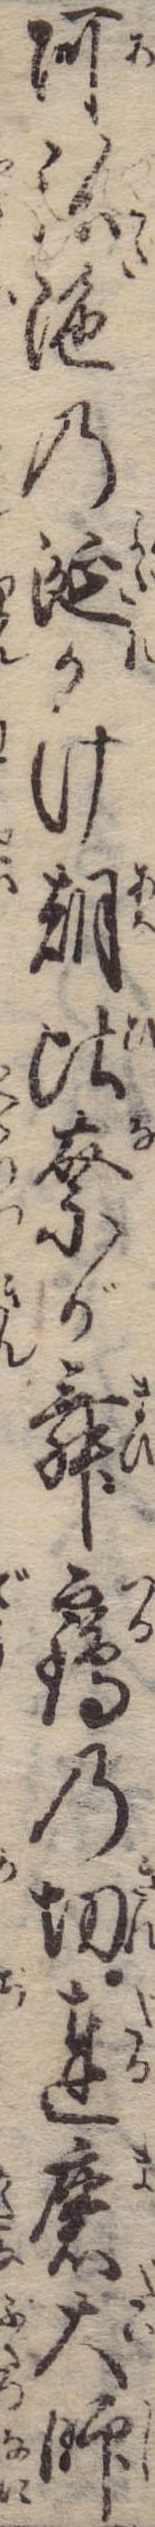
阿弥陀の涎かけ朝比奈が舞鶴の切達磨大師